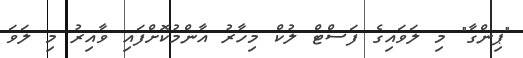
"ޕިންގާ" މި ލަވަައިގެ ފަސްޓް ލުކް މިހާރު އާންމުކޮށްފައި ވާއިރު މި ލަވަ